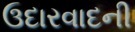
ઉદારવાદની